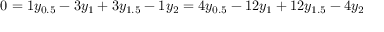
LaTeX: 0 = 1 y _ { 0 . 5 } - 3 y _ { 1 } + 3 y _ { 1 . 5 } - 1 y _ { 2 } = 4 y _ { 0 . 5 } - 1 2 y _ { 1 } + 1 2 y _ { 1 . 5 } - 4 y _ { 2 }